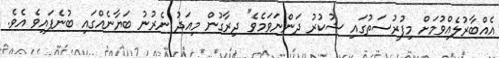
އެއްބާރުލެއްވުމަށް މިފުރުސަތުގައި ޝުކުރު ދަންނަވަމެވެ" ދިރާގުން މިއަދު ނެރުނު ބަޔާނެއްގައި ބުނެފައިވެ އެވެ.